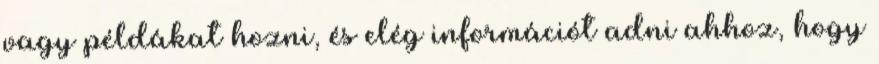
vagy példákat hozni, és elég információt adni ahhoz, hogy